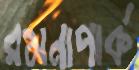
রমনাপার্ক